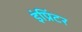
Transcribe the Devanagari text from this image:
इंप्रिंटर